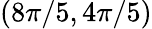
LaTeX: (8\pi/5,4\pi/5)